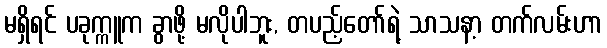
မရှိရင် ပခုက္ကူက ခွာဖို့ မလိုပါဘူး, တပည့်တော်ရဲ့ သာသနာ့ တက်လမ်းဟာ